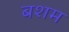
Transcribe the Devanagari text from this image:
बशम